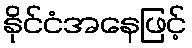
နိုင်ငံအနေဖြင့်